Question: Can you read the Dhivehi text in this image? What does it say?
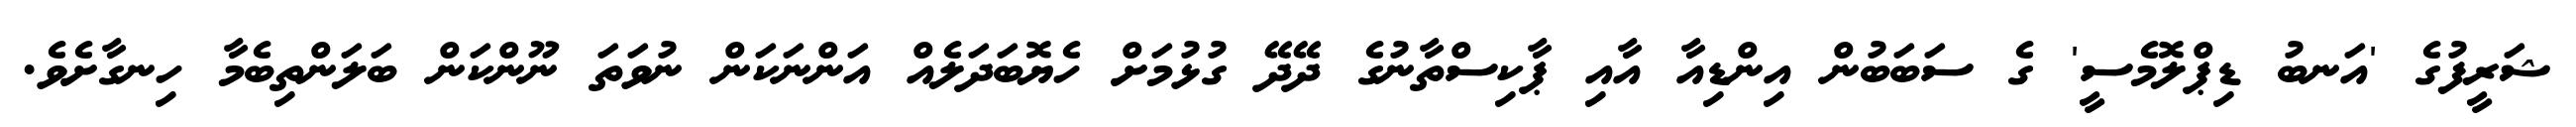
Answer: ޝަރީފުގެ 'އަނބު ޑިޕްލޮމެސީ' ގެ ސަބަބުން އިންޑިއާ އާއި ޕާކިސްތާނުގެ ދޭދޭ ގުޅުމަށް ހެޔޮބަދަލެއް އަންނަކަން ނުވަތަ ނޫންކަން ބަލަންތިބެމާ ހިނގާށެވެ.